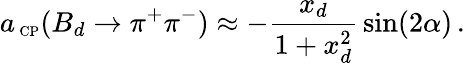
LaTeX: a_{\mathrm{{\scriptsize~CP}}}(B_{d}\to\pi^{+}\pi^{-})\approx-\frac{x_{d}}{1+x_{d}^{2}}\, \sin(2\alpha)\, .